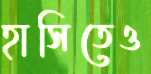
হাসিতেও